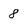
Character: 8